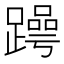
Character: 𬧒